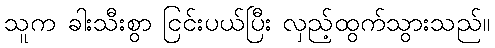
သူက ခါးသီးစွာ ငြင်းပယ်ပြီး လှည့်ထွက်သွားသည်။